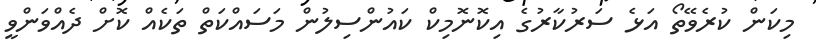
މިކަން ކުރެވޭތޯ އަޅެ ސަރުކާރުގެ އިކޮނޮމިކް ކައުންސިލުން މަސައްކަތް ތަކެއް ކޮށް ދެއްވަންވީ